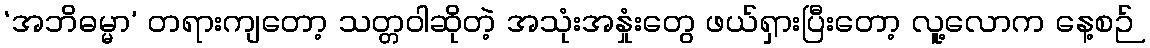
‘အဘိဓမ္မာ’ တရားကျတော့ သတ္တဝါဆိုတဲ့ အသုံးအနှုံးတွေ ဖယ်ရှားပြီးတော့ လူ့လောက နေ့စဉ်